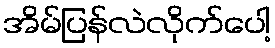
အိမ်ပြန်လဲလိုက်ပေါ့